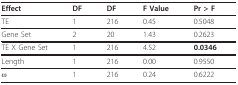
| Effect | DF | DF | F Value | Pr > F |
 | --- | --- | --- | --- | --- |
 | TE | 1 | 216 | 0.45 | 0.5048 |
 | Gene Set | 2 | 20 | 1.43 | 0.2623 |
 | TE X Gene Set | 1 | 216 | 4.52 | 0.0346 |
 | Length | 1 | 216 | 0.00 | 0.9550 |
 | ω | 1 | 216 | 0.24 | 0.6222 |